Annual report on the working of the lock hospitals in the North-Western Provinces and Oudh
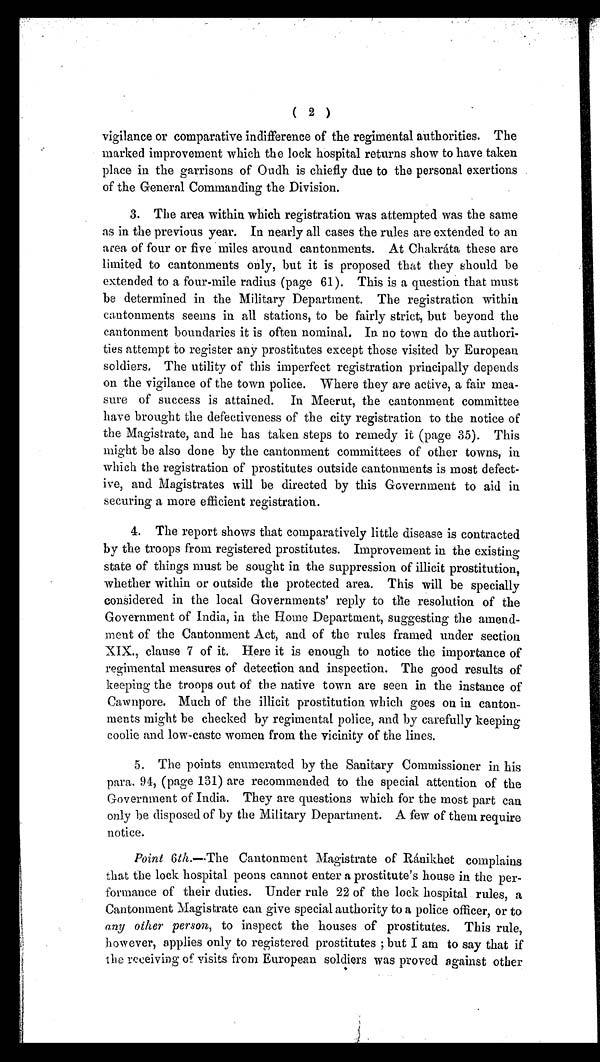
( 2 )
vigilance or comparative indifference of the regimental authorities. The
marked improvement which the lock hospital returns show to have taken
place in the garrisons of Oudh is chiefly due to the personal exertions
of the General Commanding the Division.
3. The area within which registration was attempted was the same
as in the previous year. In nearly all cases the rules are extended to an
area of four or five miles around cantonments. At Chakráta these are
limited to cantonments only, but it is proposed that they should be
extended to a four-mile radius (page 61). This is a question that must
be determined in the Military Department. The registration within
cantonments seems in all stations, to be fairly strict, but beyond the
cantonment boundaries it is often nominal. In no town do the authori-
ties attempt to register any prostitutes except those visited by European
soldiers. The utility of this imperfect registration principally depends
on the vigilance of the town police. Where they are active, a fair mea-
sure of success is attained. In Meerut, the cantonment committee
have brought the defectiveness of the city registration to the notice of
the Magistrate, and he has taken steps to remedy it (page 35). This
might be also done by the cantonment committees of other towns, in
which the registration of prostitutes outside cantonments is most defect-
ive, and Magistrates will be directed by this Government to aid in
securing a more efficient registration.
4. The report shows that comparatively little disease is contracted
by the troops from registered prostitutes. Improvement in the existing
state of things must be sought in the suppression of illicit prostitution,
whether within or outside the protected area. This will be specially
considered in the local Governments' reply to the resolution of the
Government of India, in the Home Department, suggesting the amend-
ment of the Cantonment Act, and of the rules framed under section
XIX., clause 7 of it. Here it is enough to notice the importance of
regimental measures of detection and inspection. The good results of
keeping the troops out of the native town are seen in the instance of
Cawnpore. Much of the illicit prostitution which goes on in canton-
ments might be checked by regimental police, and by carefully keeping
coolie and low-caste women from the vicinity of the lines.
5. The points enumerated by the Sanitary Commissioner in his
para. 94, (page 131) are recommended to the special attention of the
Government of India. They are questions which for the most part can
only be disposed of by the Military Department. A few of them require
notice.
Point 6th .—The Cantonment Magistrate of Ránikhet complains
that the lock hospital peons cannot enter a prostitute's house in the per-
formance of their duties. Under rule 22 of the lock hospital rules, a
Cantonment Magistrate can give special authority to a police officer, or to
any other person , to inspect the houses of prostitutes. This rule,
however, applies only to registered prostitutes but I am to say that if
the receiving of visits from European soldiers was proved against other